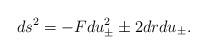
LaTeX: \begin{align*}ds^2=-Fdu_{\pm}^2\pm 2dr du_{\pm}.\end{align*}